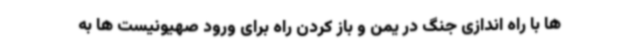
ها با راه اندازی جنگ در یمن و باز کردن راه برای ورود صهیونیست ها به